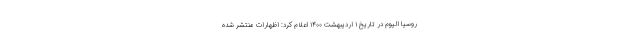
روسیا الیوم در تاریخ ۱ اردیبهشت ۱۴۰۰ اعلام کرد: اظهارات منتشر شده